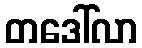
တဒေါ်လာ